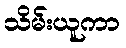
သိမ်းယူကာ